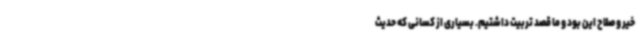
خیر و صلاح این بود و ما قصد تربیت داشتیم. بسیاری از کسانی که حدیث